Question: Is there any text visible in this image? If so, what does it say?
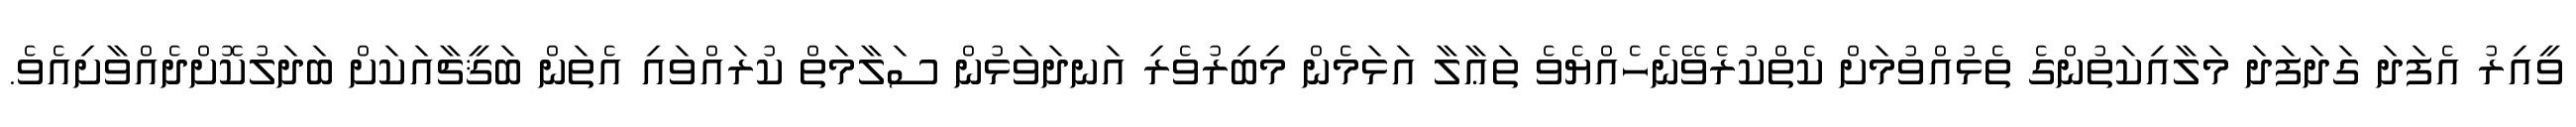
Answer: ވީއިރު އެފަދަ ގަދަފަދަ މަލާއިކަތުންގެ ތެޅުއްވުމަށް ކެތްކުރެވޭނެހެއްޔެވެ ތަޢާލާ އަޅަމެން މިބިރުވެރި އަނދަވަޅުން ސަލާމަތް ކުރައްވައި އެތަން ބަޤީޗާއަކަށް ބަދަލުކޮށްދެއްވާށިއެވެ.